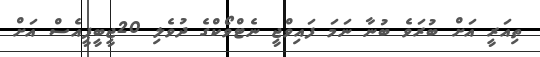
ތިއަރީ އަށް ބުރަވެ ބުނާ ނަމަ ފައިވްޖީ ނެޓްވޯކްގެ ދުވެލި 20ޖީބީޕީއެސް އަށް